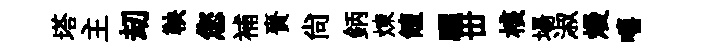
塔主刧鞅您補賚尚鈵煉饘驪丗核場淑熳嘻